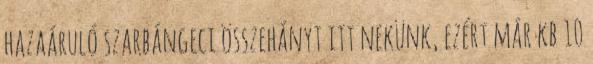
hazaáruló szarbángeci összehányt itt nekünk, ezért már kb 10